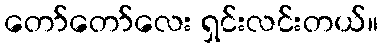
တော်တော်လေး ရှင်းလင်းတယ်။